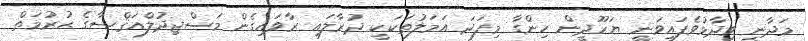
މަދާނީ ވިދާޅުވެފައިވަނީ ޔަހޫދީން ހިންގާ މިފަދަ އަމަލުތަކަކީ ދުރާލައި ރާވައިގެން މަސްޖިދުލްއަޤްޞާގެ ޙުރުމަތް